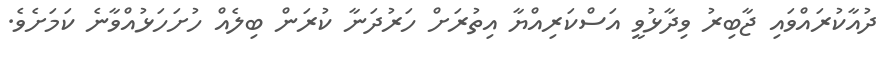
ދުއާކުރައްވައި ޖާބިރު ވިދާޅުވީ އަސްކަރިއްޔާ އިތުރަށް ހަރުދަނާ ކުރަން ބިލެއް ހުށަހަޅުއްވާނެ ކަމަށެވެ.